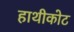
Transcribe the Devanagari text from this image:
हाथीकोट